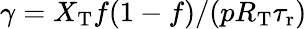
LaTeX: \gamma=X_{\mathrm{T}}f(1-f)/(pR_{\mathrm{T}}{\tau_{\mathrm{r}}})